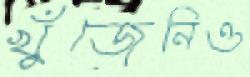
খুঁজেনিও